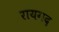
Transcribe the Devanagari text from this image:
रायगद